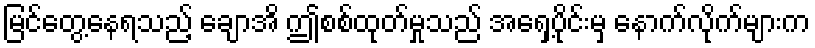
မြင်တွေ့နေရသည့် ချောအိ ဤစစ်ထုတ်မှုသည် အရှေ့ပိုင်းမှ နောက်လိုက်များက